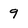
Character: 9